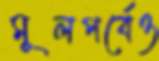
মূলপর্বেও